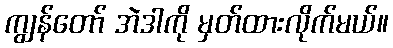
ကျွန်တော် အဲဒါကို မှတ်ထားလိုက်မယ်။